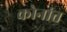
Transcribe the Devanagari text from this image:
कोनांत